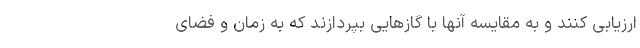
ارزیابی کنند و به مقایسه آنها با گازهایی بپردازند که به زمان و فضای